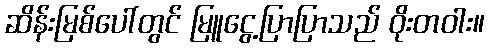
ဆိန်းမြစ်ပေါ်တွင် မြူငွေ့ပြာပြာသည် ဝိုးတဝါး။